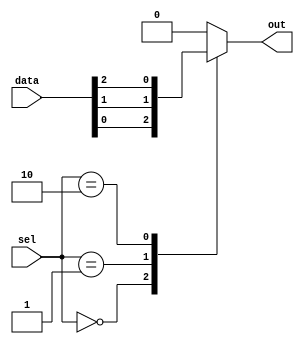
module mux128x1 (input [127:0] data,
                 input [6:0] sel,
                 output reg out);

always @ (*)
begin
    case (sel)
        7'b0000000 : out = data[0];
        7'b0000001 : out = data[1];
        7'b0000010 : out = data[2];
        // Add cases for all 128 input signals
        default : out = 0;
    endcase
end

endmodule